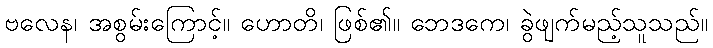
ဗလေန၊ အစွမ်းကြောင့်။ ဟောတိ၊ ဖြစ်၏။ ဘေဒကေ၊ ခွဲဖျက်မည့်သူသည်။